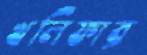
খলিফার